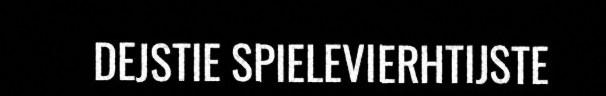
DEJSTIE SPIELEVIERHTIJSTE